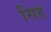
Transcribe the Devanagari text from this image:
सिहं